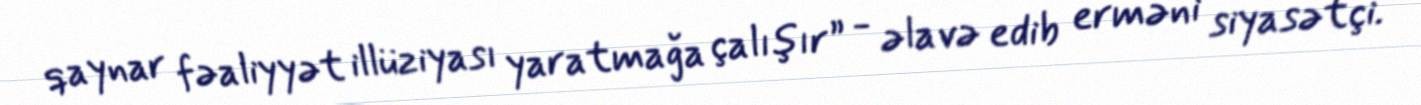
qaynar fəaliyyət illüziyası yaratmağa çalışır” - əlavə edib erməni siyasətçi.